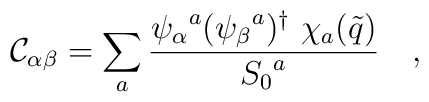
{\cal C}_{\alpha\beta}=\sum_a {{{\psi_\alpha}^a({\psi_\beta}^a)^{\dagger}\ \chi_a(\tilde{q})}\over{S_0}^a} \quad,